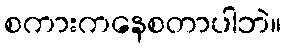
စကားကနေစတာပါဘဲ။